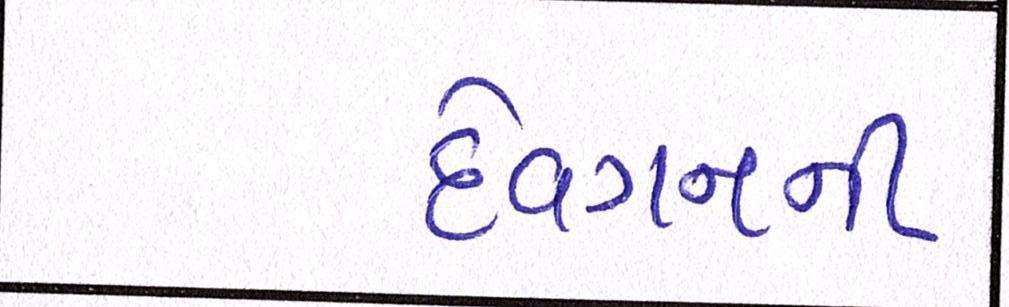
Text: દેવગનની